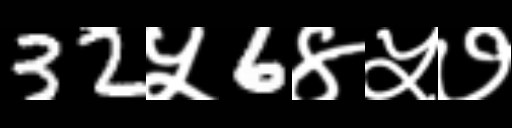
Text: 32५6४५७